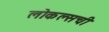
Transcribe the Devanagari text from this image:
लोकल्सची